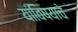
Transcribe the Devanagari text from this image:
यांविषयाचे